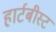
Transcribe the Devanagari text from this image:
हार्टबीस्ट